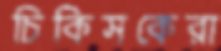
চিকিসকেরা